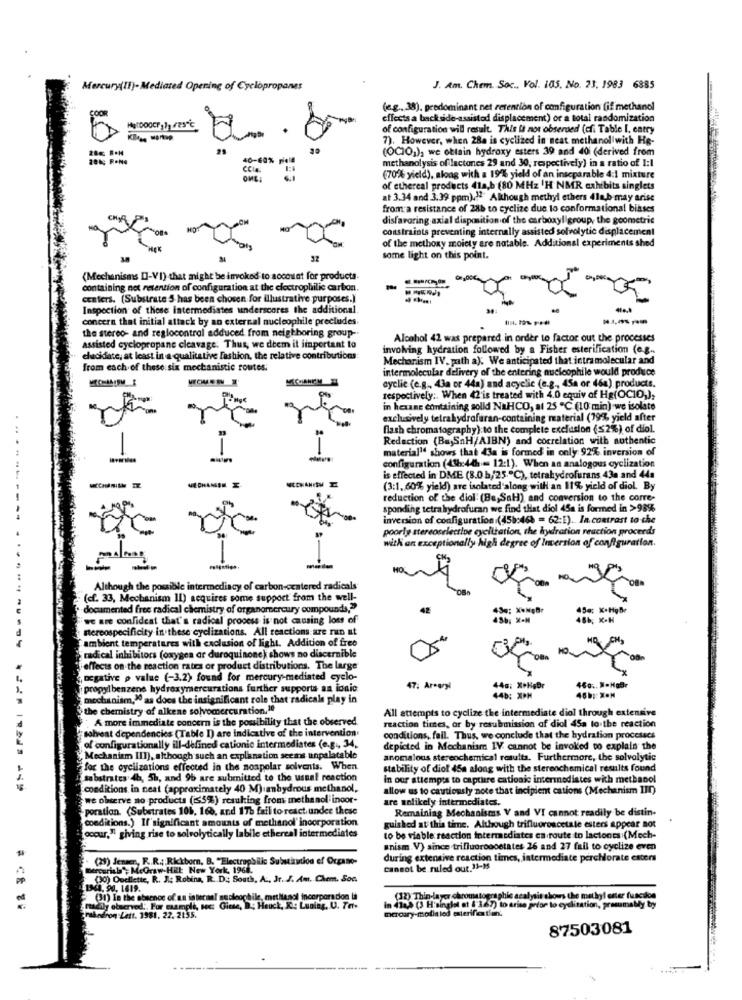
Mercury(II)-Mediated Opening of Cyclopropanes
J. Am. Chem. Soc ., Vol. 105, No. 23, 1983 6885
(e.g .. 38). predominant net retention of configuration (if methanol
effects a back side-assistod displacement) or a total randomization
of configuration will result. This it not observed (cf. Table I. carry
7). However, when 284 is cyclized in neat methanol with He-
(OCIO)), we obtain hydroxy esters 39 and 40 (derived from
40-60% pela
methanolysis of lactones 29 and 30, respectively) in a ratio of I:I
ccia
OME
(70% yield), along with a 19% yield of an inseparable 4:1 mixture
of ethereal products 41a,b (80 MHz 'H NMR exhibits singlets
at 3.34 and 3.39 ppm).12 Although methyl ethers 41a,b-may arise
from a resistance of 286 to cyclize due to conformational biases
disfavoring axial disposition of the carboxyl group, the geometrie
constraints preventing internally assisted solvolytic displacement
of the methoxy moiety are notable. Additional experiments shed
205 000
some light on this point.
Ja
(Mechanisms []-VI) that might be invoked to account for products-
containing net retention of configuration at the electrophilic carbon.
centers. (Substrate 5-has been chosen for illustrative purposes.)
Inspection of these Intermediates underscores the additional
concern that initial attack by an external nucleophile precludes.
the stereo- and reglocontrol adduced from neighboring group -.
Alcohol 42 was prepared in order to factor out the processes
assisted cyclopropane cleavage. Thus, we deem it important to
involving hydration followed by a Fisher esterification (e.g.
ducidate, at least in a qualitative fashion, the relative contributions:
Mechanism IV. path a): We anticipated that intramolecular and
from each of these six mechanistic routes:
intermolecular delivery of the entering nucleophile would produce
cyclic (e.g ., 43a or 44a) and acyclic (e.g ., 45a or (6a) products.
respectively :. When 42'is treated with 4.0 equiv of Hg(OCIO,),
in heune containing solld NaHCO, at 25 ℃ (10 min) we isolate
exclusively tetrahydrofaran-containing material (79% yield after
flash chromatography): to the complete exclusion ($2%) of diol.
Redaction (Ba,SnH/AIBN) and correlation with authentic
-
material" shows that 43a is formed in only 92% inversion of
configuration (43bc44h = 12:1). When an analogous cyclization
MECHAMEM I
is effected in DME (8.0 b/25."℃), tetrahydrofurans 43a and 44a
(3:1. 60% yield) are isolated'along with an 11% yield of diol. By
reduction of the diol (Be,SaH) and conversion to the corre-
sponding tetrahydrofuran we find that diol 45a is formed in >98%
inversion of configuration (45b:46% = 62:E) .. In contrast to the
poorly stereoselective cyelltation, the hydration reaction proceeds
with an exceptionally high degree of Inversion of configuration.
HOL
Although the possible intermediacy of carbon-centered radicals
(cf. 33, Mechanism 11) Requires some support from the well-
documented free radical chemistry of organomercury compounds."
42
45m; X-Habe
we are confident that's radical process is not causing loss of
nereospecificity in these cyclizations. All reactions are run at
ambient temperatures with exclusion of light. Addition of free
radical inhibitors (oxygen ar duroquinone) shows no discernible
effects on the reaction rates of product distributions. The large
negative p value (-3.2) found for mercury-mediated cyclo-
propylbenzene hydroxymercurations further supports an ionic
47: Areeryl
44g; XPHgBr
mechanism,10 as does the insignificant role that radicale play in
440: XPM
the chemistry of alkene solvomercuration,10
All attempts to cyclize the intermediate diol through extensive
A more immediate concern is the possibility that the observed
solvent dependencies (Table I) are indicative of the intervention
reaction times, or by resubmission of diol 45a to the reaction
conditions, fail. Thus, we conclude that the hydration processcs
of configurationally ill-defined cationic intermediates (e.g ., 34,
depicted in Mechanism 1V cannot be invoked to explain the
"Mechanism III), although such an explanation seems unpalatable
anomalous sterenchemical resulta. Furthermore, the solvolytic
for the eyelizations effected in the nospolar solvents. When
stability of diol 45a along with the sterenchemical results found
substrates 4h, 5h, and 96 are submitted to the usual reaction
in our attempts to capture cationic intermediates with methanol
conditions in neat (approximately 40 M) anhydrous methanol,
allow us to cautiously note that incipient cations (Mechanism III)
we observe no products ((5%) resulting from methanol incor-
are nolikely intermediates.
poration. (Substrates 106, 166, and 175 fail to react under these
Remaining Mechanisms V and VI cannot readily be distin-
conditions.) If'significant amounts of methanol' incorporation
[occur," giving rise to solrolytically labile ethereal intermediates
guished at this time. Although trifluoroncetale esters appear not
to be viable reaction intermediates en route to lactones (Mech-
anism. V) since trifluorodoetates 26 and 27 fail to cyclize even
(29) Jensen, F .. R .; Rickborn, B. "Electrophilic Substitution of Organo-
during extensive reaction times, intermediate perchlorate esters
mercuriala"; MeGraw-HRE New York, 1962.
cannot be ruled out.35-35
(0) Ouellette, R. J .: Robins, R. D .: South, A ., Jr. J. Am .. Chem. Son
1341- 90, 1619.
(31) In the absence of an internal nucleophile, metliangl incorporadon lil
(22) Thin-layer chromatographie acalysit shows the methyl ester fucile
midily clacved .. For manpli, nec: Ginte, B. Houck, X. Lualaz, U. 7 ..
in 4102 (3 H'singlet at ( 167) to arise prior to eyelization, presumably by
marcary-malis led esterifatian.
trahedron Lett. 1981. 22. 2055.
87503081